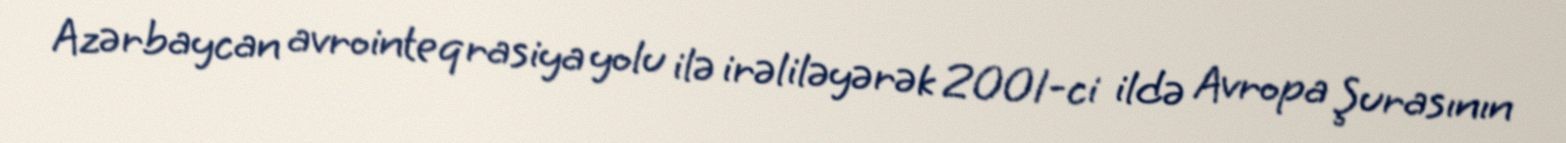
Azərbaycan avrointeqrasiya yolu ilə irəliləyərək 2001-ci ildə Avropa Şurasının